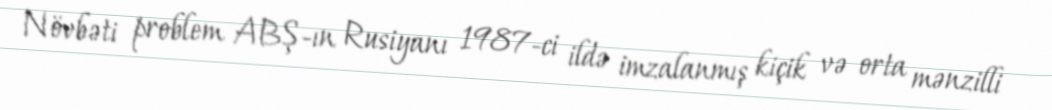
Növbəti problem ABŞ-ın Rusiyanı 1987-ci ildə imzalanmış kiçik və orta mənzilli